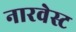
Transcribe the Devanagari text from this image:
नारवेस्ट